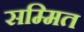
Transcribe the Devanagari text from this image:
सम्मित